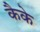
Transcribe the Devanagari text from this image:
कैके